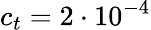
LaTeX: c_{t}=2\cdot 10^{-4}